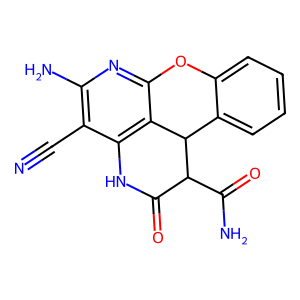
SMILES: N#Cc1c(N)nc2c3c1NC(=O)C(C(N)=O)C3c1ccccc1O2
Inhibits HIV replication: No